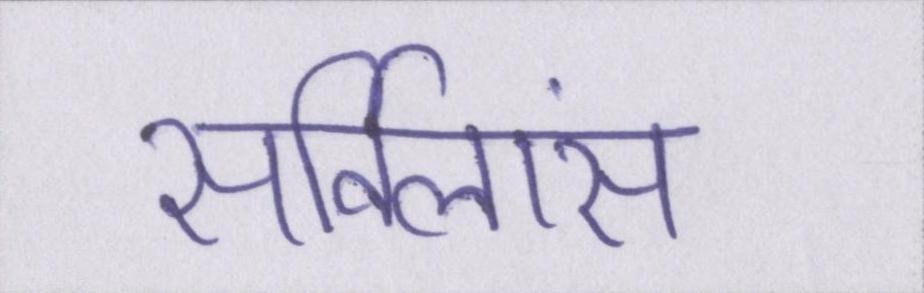
सर्विलांस